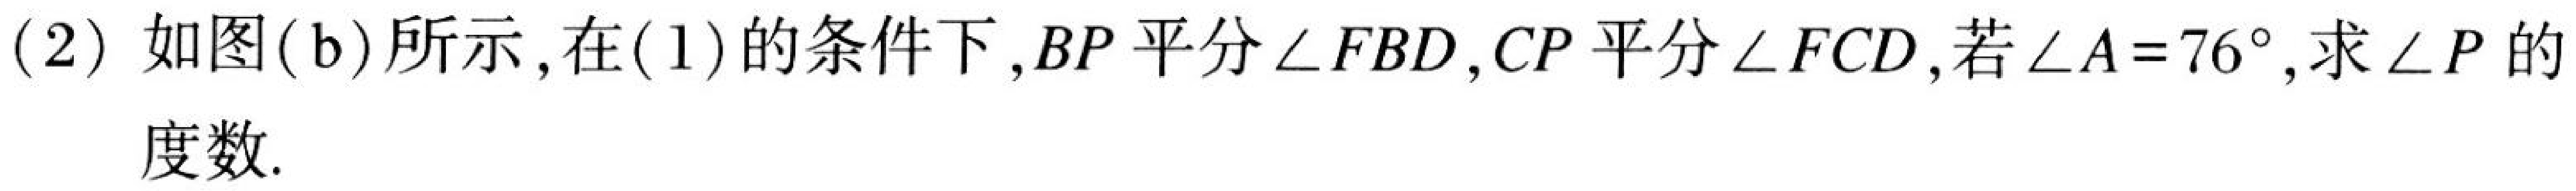
(2) 如图(b)所示,在(1)的条件下,$BP$平分$\angle FBD$,$CP$平分$\angle FCD$,若$\angle A = 76^{\circ}$,求$\angle P$的度数.